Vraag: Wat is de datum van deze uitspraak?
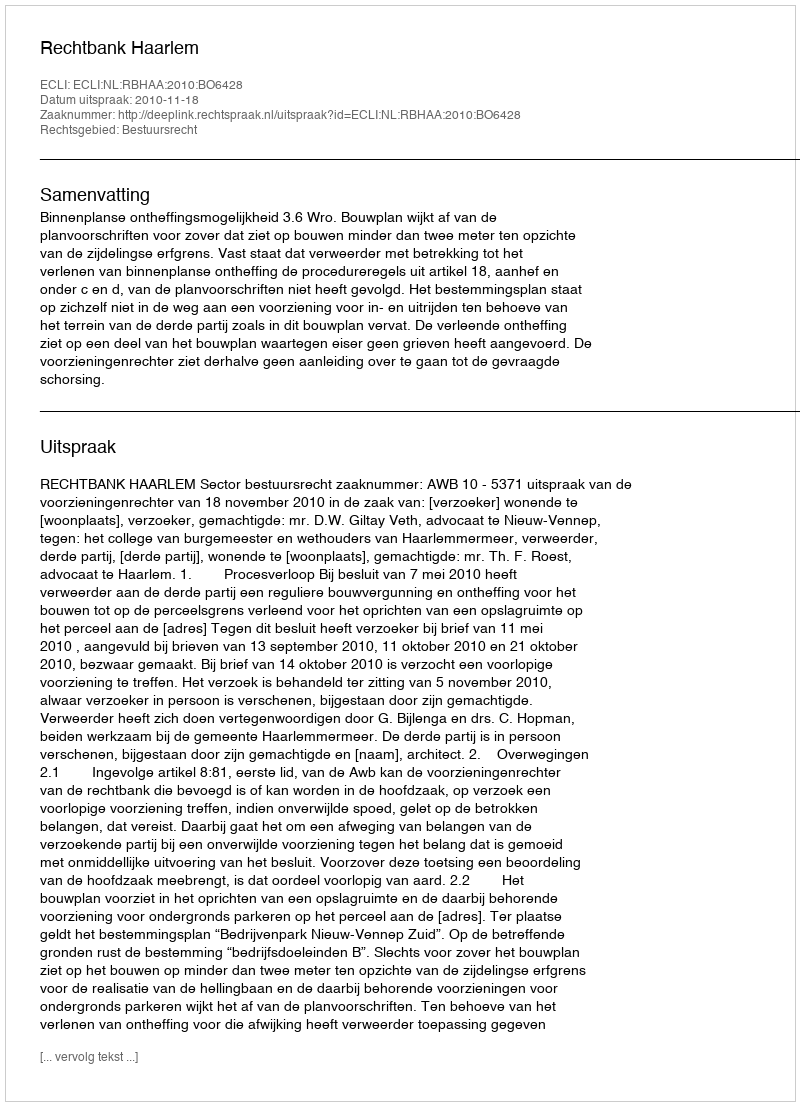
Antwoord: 2010-11-18